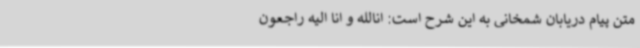
متن پیام دریابان شمخانی به این شرح است: انالله و انا الیه راجعون